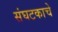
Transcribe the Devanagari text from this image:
संघटकाचे